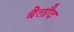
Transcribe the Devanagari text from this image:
बैलौद